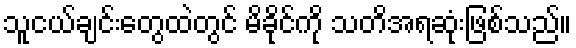
သူငယ်ချင်းတွေထဲတွင် မိခိုင်ကို သတိအရဆုံးဖြစ်သည်။